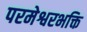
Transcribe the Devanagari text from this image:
परमेश्वरभक्ति